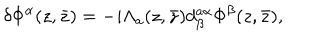
\delta \Phi ^ { \alpha } ( z , \bar { z } ) = - i \Lambda _ { a } ( z , \bar { z } ) d _ { \beta } ^ { a \alpha } \Phi ^ { \beta } ( z , \bar { z } ) ,